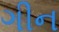
ગીન